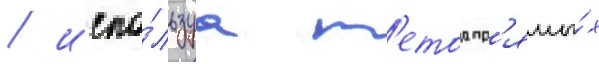
/ испо́льзуа м'етод пр'ямы́х